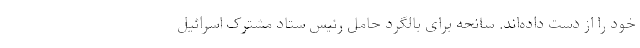
خود را از دست داده‌اند. سانحه برای بالگرد حامل رئیس ستاد مشترک اسرائیل